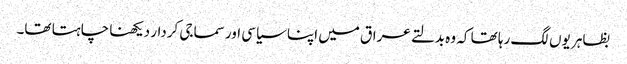
بظاہر یوں لگ رہا تھا کہ وہ بدلتے عراق میں اپنا سیاسی اور سماجی کردار دیکھنا چاہتا تھا۔